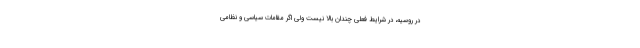
در روسیه، در شرایط فعلی چندان بالا نیست ولی اگر مقامات سیاسی و نظامی